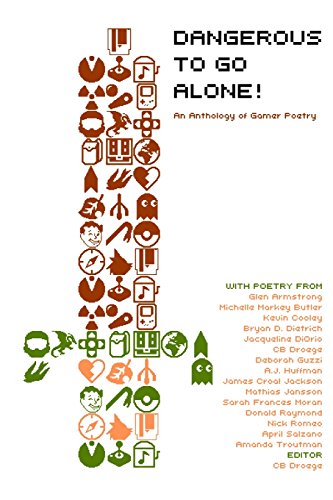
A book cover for Dangerous to Go Alone!: an anthology of gamer poetry; CB Droege; Literature & Fiction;